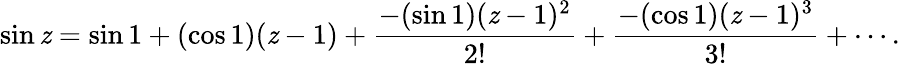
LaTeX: \sin\mathit{z}=\sin1+(\cos1)(\mathit{z}-1)+{\frac{{-(\sin1)(\mathit{z}-1)^{2}}}{{2!}}}+{\frac{{-(\cos1)(\mathit{z}-1)^{3}}}{{3!}}}+\cdots.